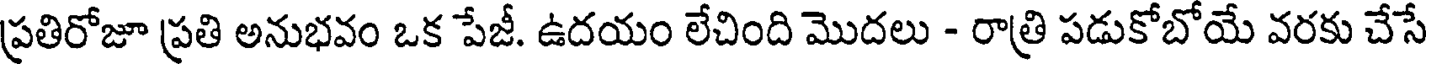
ప్రతిరోజూ ప్రతి అనుభవం ఒక పేజీ. ఉదయం లేచింది మొదలు - రాత్రి పడుకోబోయే వరకు చేసే